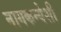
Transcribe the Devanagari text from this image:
नागकन्येशी